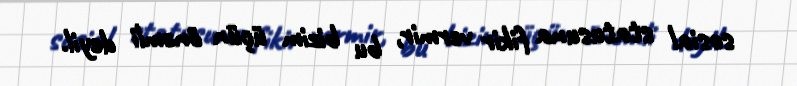
sosial statusuna fikir vermir, bu bizim üçün önəmli deyil.